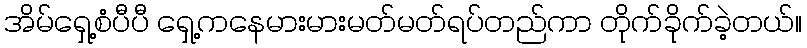
အိမ်ရှေ့စံပီပီ ရှေ့ကနေမားမားမတ်မတ်ရပ်တည်ကာ တိုက်ခိုက်ခဲ့တယ်။